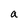
Character: a